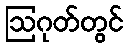
ဩဂုတ်တွင်